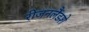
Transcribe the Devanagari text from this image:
रीजनलैंडशे